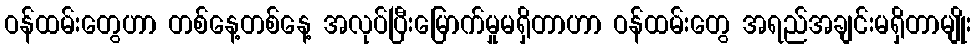
ဝန်ထမ်းတွေပာာ တစ်နေ့တစ်နေ့ အလုပ်ပြီးမြောက်မှုမရှိတာပာာ ဝန်ထမ်းတွေ အရည်အချင်းမရှိတာမျိုး